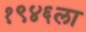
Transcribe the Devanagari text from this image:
१९४६ला